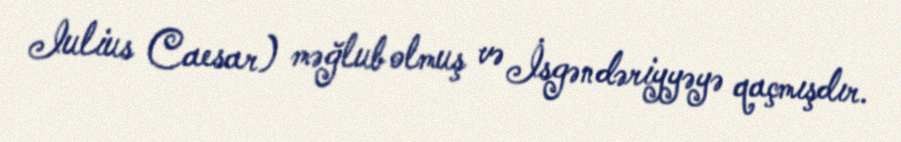
Iulius Caesar) məğlub olmuş və İsgəndəriyyəyə qaçmışdır.